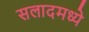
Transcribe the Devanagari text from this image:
सलादमध्ये